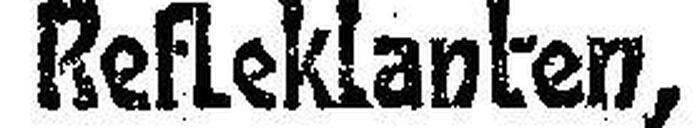
Reflektanten,